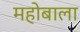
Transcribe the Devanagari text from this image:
महोबाला